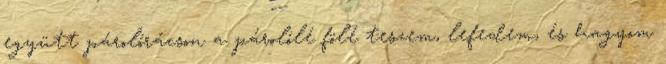
együtt párolórácson a párolólé fölé teszem, lefedem, és hagyom